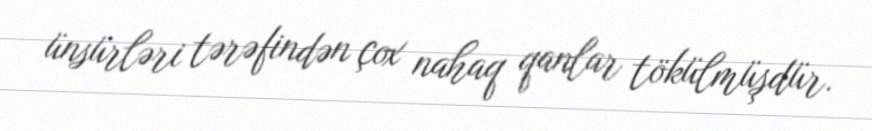
ünsürləri tərəfindən çox nahaq qanlar tökülmüşdür.